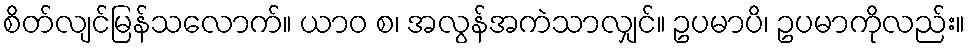
စိတ်လျင်မြန်သလောက်။ ယာဝ စ၊ အလွန်အကဲသာလျှင်။ ဥပမာပိ၊ ဥပမာကိုလည်း။